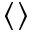
\langle \rangle